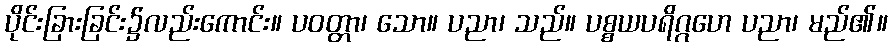
ပိုင်းခြားခြင်း၌လည်းကောင်း။ ပဝတ္တာ၊ သော။ ပညာ၊ သည်။ ပစ္စယပရိဂ္ဂဟေ ပညာ၊ မည်၏။